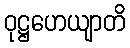
ဝုဋ္ဌဟေယျာတိ